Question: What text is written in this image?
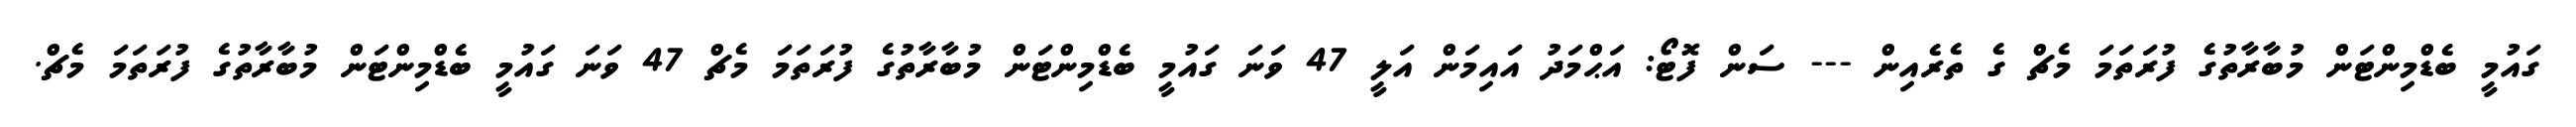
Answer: ގައުމީ ބެޑްމިންޓަން މުބާރާތުގެ ފުރަތަމަ މެޗް ގެ ތެރެއިން --- ސަން ފޮޓޯ: އަޙްމަދު އައިމަން އަލީ 47 ވަނަ ގައުމީ ބެޑްމިންޓަން މުބާރާތުގެ ފުރަތަމަ މެޗް 47 ވަނަ ގައުމީ ބެޑްމިންޓަން މުބާރާތުގެ ފުރަތަމަ މެޗް.